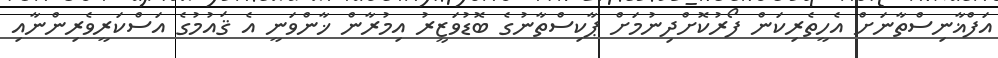
އަފްޣާނިސްތާނަށް އެހީތެރިކަން ފޯރުކޮށްދިނުމަށް ޕާކިސްތާނުގެ ބޮޑުވަޒީރު އިމުރާން ޚާންވަނީ އެ ޤައުމުގެ އަސްކަރީވެރިންނާއި